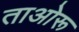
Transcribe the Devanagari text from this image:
ताओरू